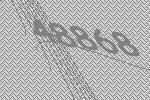
48868